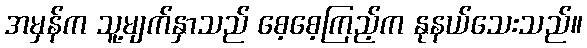
အမှန်က သူ့မျက်နှာသည် စေ့စေ့ကြည့်က နုနယ်သေးသည်။